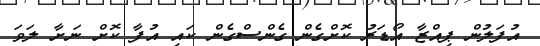
އުފަލުން ޕިއްޒާ އޯޑަރު ކޮށްގެން ގެންސްގެން ކައި އުފާ ކޮށް ނަށާ ލަވަ